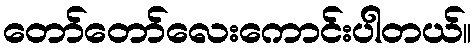
တော်တော်လေးကောင်းပါတယ်။